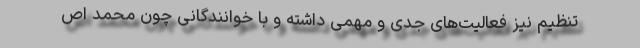
تنظیم نیز فعالیت‌های جدی و مهمی داشته و با خوانندگانی چون محمد اص